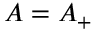
A = A _ { + }